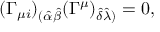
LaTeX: ( \Gamma _ { \mu i } ) _ { ( \hat { \alpha } \hat { \beta } } ( \Gamma ^ { \mu } ) _ { \hat { \delta } \hat { \lambda } ) } = 0 ,